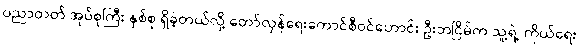
ပညာတတ် အုပ်စုကြီး နှစ်စု ရှိခဲ့တယ်လို့ တော်လှန်ရေးကောင်စီဝင်ဟောင်း ဦးဘငြိမ်က သူ့ရဲ့ ကိုယ်ရေး